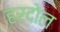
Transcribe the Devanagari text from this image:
हरदोल